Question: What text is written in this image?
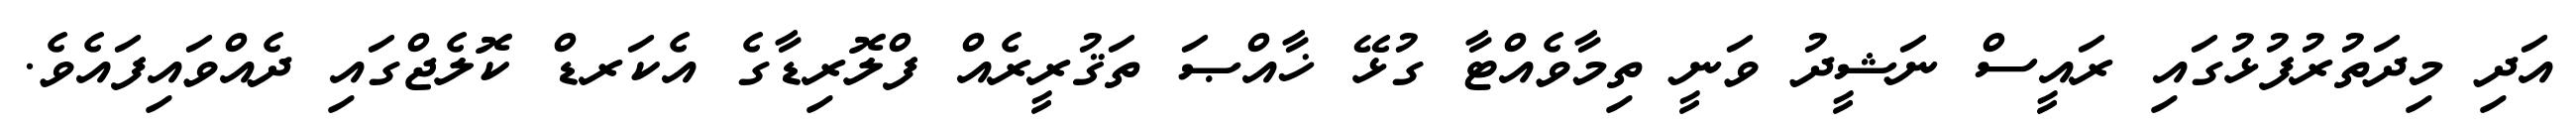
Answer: އަދި މިދަތުރުފުޅުގައި ރައީސް ނަޝީދު ވަނީ ތިމާވެއްޓާ ގުޅޭ ޚާއްޞަ ތަޤުރީރެއް ފްލޮރިޑާގެ އެކަރޑް ކޮލެޖްގައި ދެއްވައިފައެވެ.